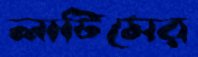
লাটিমের